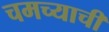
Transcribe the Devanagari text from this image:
चमच्याची